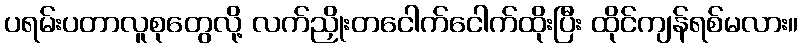
ပရမ်းပတာလူစုတွေလို့ လက်ညှိုးတငေါက်ငေါက်ထိုးပြီး ထိုင်ကျန်ရစ်မလား။